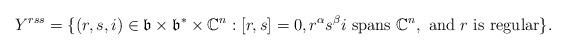
LaTeX: \begin{align*} Y^{rss} = \{(r,s,i)\in \mathfrak{b}\times \mathfrak{b}^*\times \mathbb{C}^n: [r,s]=0, r^{\alpha}s^{\beta}i \mbox{ spans }\mathbb{C}^n, \mbox{ and } r \mbox{ is regular}\}. \end{align*}